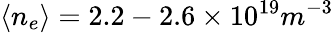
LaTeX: \langle n_{e}\rangle=2.2-2.6\times 10^{19}m^{-3}